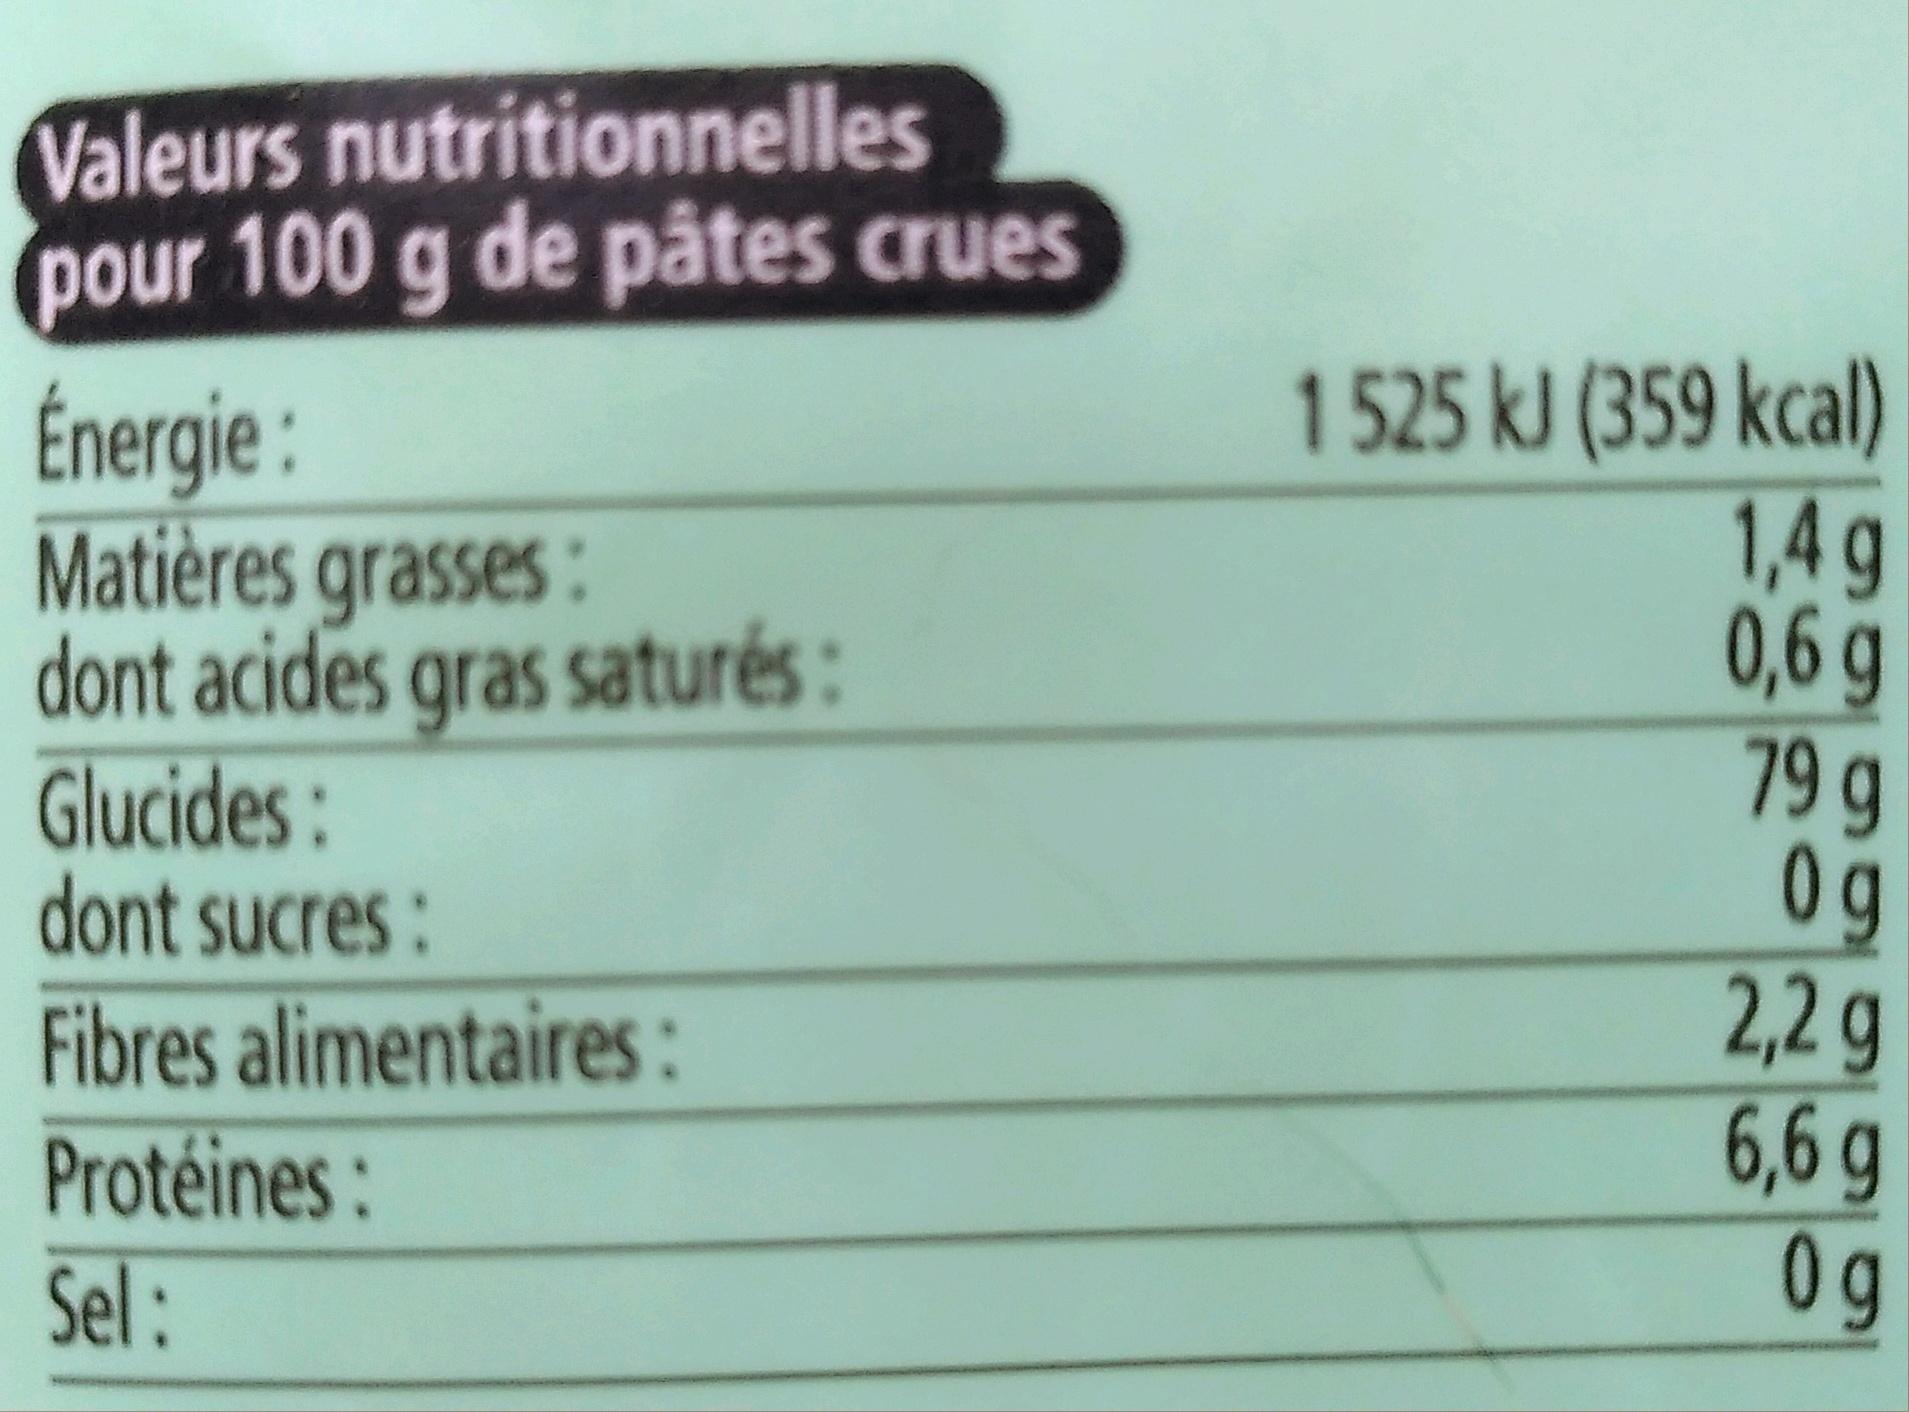
Valeurs nutritionnelles pour 100 g de pâtes crues
Énergie:
Matières grasses: dont acides gras saturés:
Glucides:
dont sucres:
Fibres alimentaires:
Protéines:
Sel:
1 525 kJ (359 kcal)
1,4 g 0,6 g
79 9
Og
2,2 g
6,6 g
0g